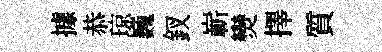
據恭琼巍釵嶄𤓖擇質